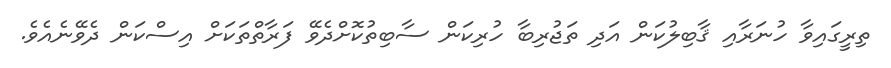
ތިރީގައިވާ ހުނަރާއި ޤާބިލުކަން އަދި ތަޖުރިބާ ހުރިކަން ސާބިތުކޮށްދެވޭ ފަރާތްތަކަށް އިސްކަން ދެވޭނެއެވެ.